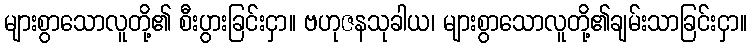
များစွာသောလူတို့၏ စီးပွားခြင်းငှာ။ ဗဟုဇနသုခါယ၊ များစွာသောလူတို့၏ချမ်းသာခြင်းငှာ။